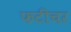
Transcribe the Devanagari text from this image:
फटीचर